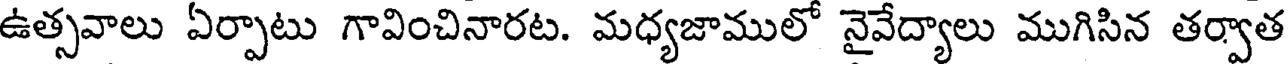
ఉత్సవాలు ఏర్పాటు గావించినారట. మధ్యజాములో నైవేద్యాలు ముగిసిన తర్వాత